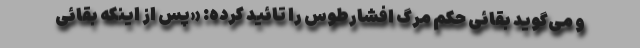
و می‌گوید بقائی حکم مرگ افشارطوس را تائید کرده: «پس از اینکه بقائی